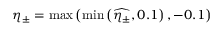
\eta _ { \pm } = \operatorname* { m a x } \left( \operatorname* { m i n } \left( \widehat { \eta _ { \pm } } , 0 . 1 \right) , - 0 . 1 \right)